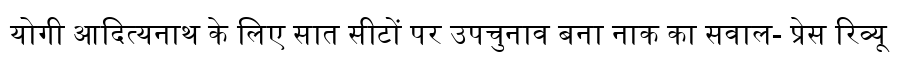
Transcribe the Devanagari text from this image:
योगी आदित्यनाथ के लिए सात सीटों पर उपचुनाव बना नाक का सवाल- प्रेस रिव्यू